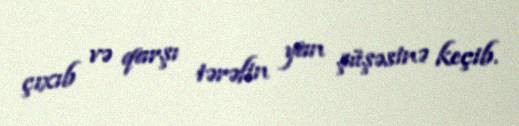
çıxıb və qarşı tərəfin yan şüşəsinə keçib.